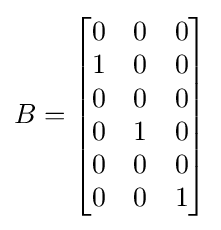
B={\begin{bmatrix}0&0&0\\1&0&0\\0&0&0\\0&1&0\\0&0&0\\0&0&1\\\end{bmatrix}}